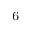
^ { 6 }